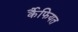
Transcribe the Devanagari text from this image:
र्कैफियत